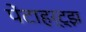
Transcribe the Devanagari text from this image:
पेंटाहर्ट्‌झ